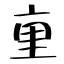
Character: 𫟯